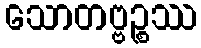
သောတဗ္ဗဉ္စဿ